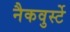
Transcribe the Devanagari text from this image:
नैकवुर्स्टे